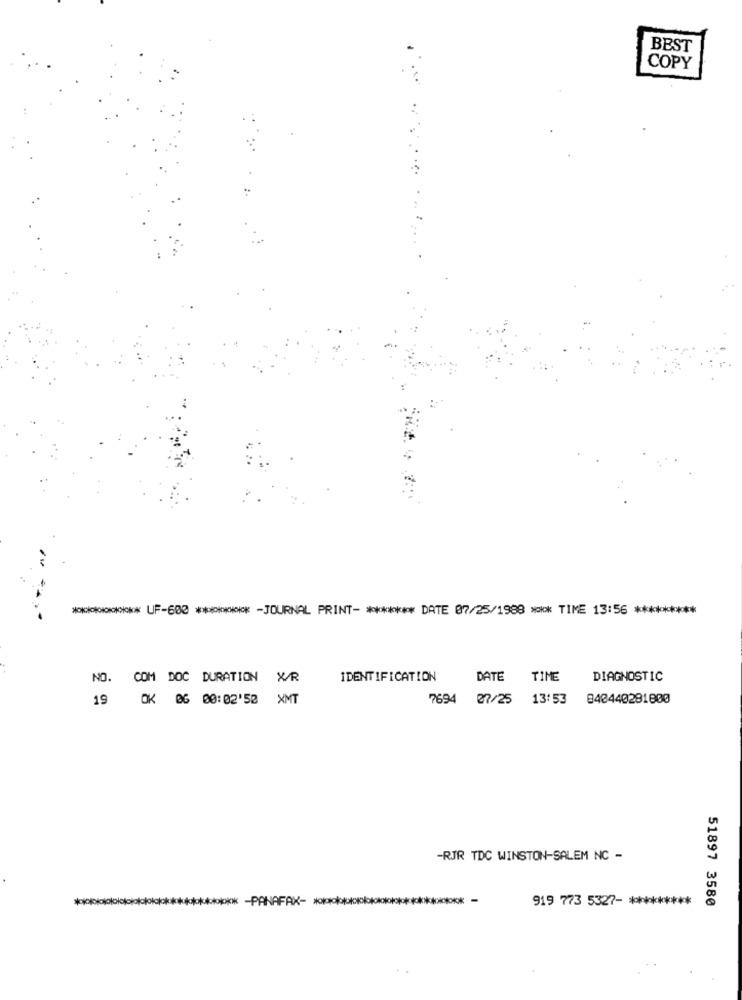
BEST
COPY
...:
********** UF-600 ******** - JOURNAL PRINT- ******* DATE 07/25/1988 *** TIME 13:56 *********
NO. COM DOC DURATION X/R
IDENTIFICATION
DATE
TIME
DIAGNOSTIC
19 OK 06 00:02'52 XMT
7694 07/25 13:53 040440281800
-RJR TDC WINSTON-SALEM NC -
** - PANAFAX- ********
919 773 5327- *********
51897 3580